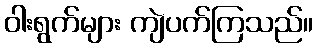
ဝါးရွက်များ ကျဲပက်ကြသည်။